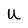
Character: U